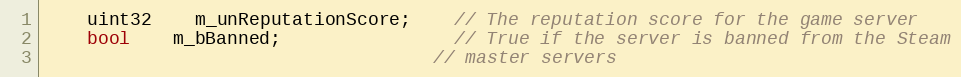
Language: C
	uint32	m_unReputationScore;	// The reputation score for the game server
	bool	m_bBanned;				// True if the server is banned from the Steam
									// master servers